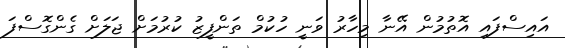
އައިސްފައި އޮތުމުން އޭނާ މިހާރު ވަނީ ހުކުމް ތަންފީޒު ކުރުމަށް ޖަލަށް ގެންގޮސްފަ